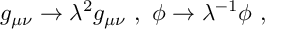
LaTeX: g _ { \mu \nu } \rightarrow \lambda ^ { 2 } g _ { \mu \nu } ~ , ~ \phi \rightarrow \lambda ^ { - 1 } \phi ~ , ~ \,